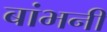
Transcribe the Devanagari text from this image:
बांभनी